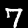
Digit: 7